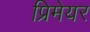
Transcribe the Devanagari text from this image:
प्रिमेयर